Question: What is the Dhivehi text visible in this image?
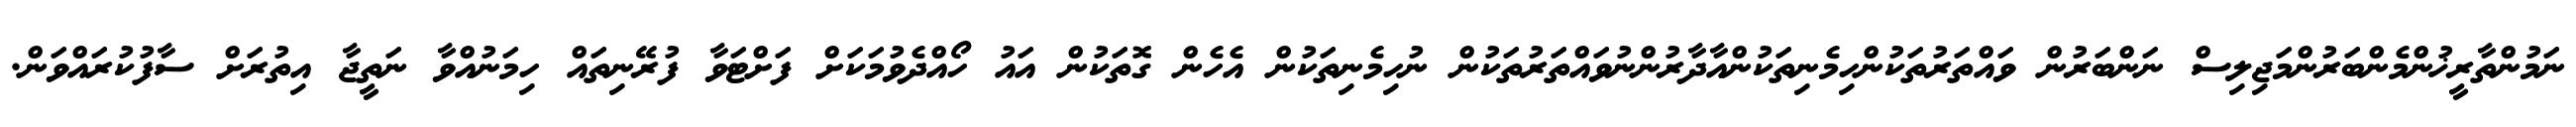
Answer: ނަމުންތާރީޚުންމެންބަރުންމަޖިލިސް ނަންބަރުން ވައްތަރުތަކުންހިމެނިތަކުންއާދާރުންނުވައްތަރުތަކުން ނުހިމެނިތަކުން އެހެން ގޮތަކުން އައު ހޯއްދެވުމަކަށް ފަށްޓަވާ ފުރޭނިތައް ހިމަނުއްވާ ނަތީޖާ އިތުރަށް ސާފުކުރައްވަން.